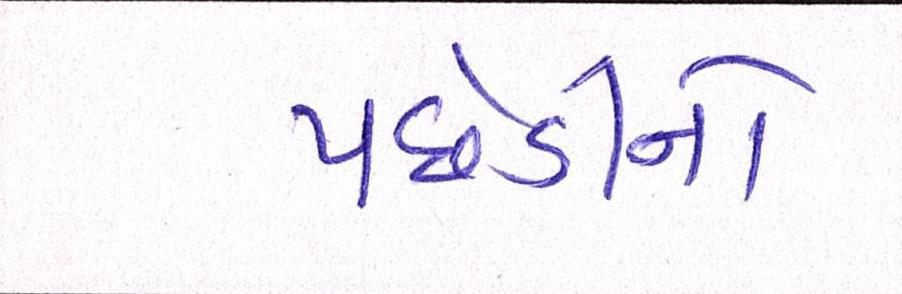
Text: પછેડીનો